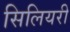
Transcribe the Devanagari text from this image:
सिलियरी